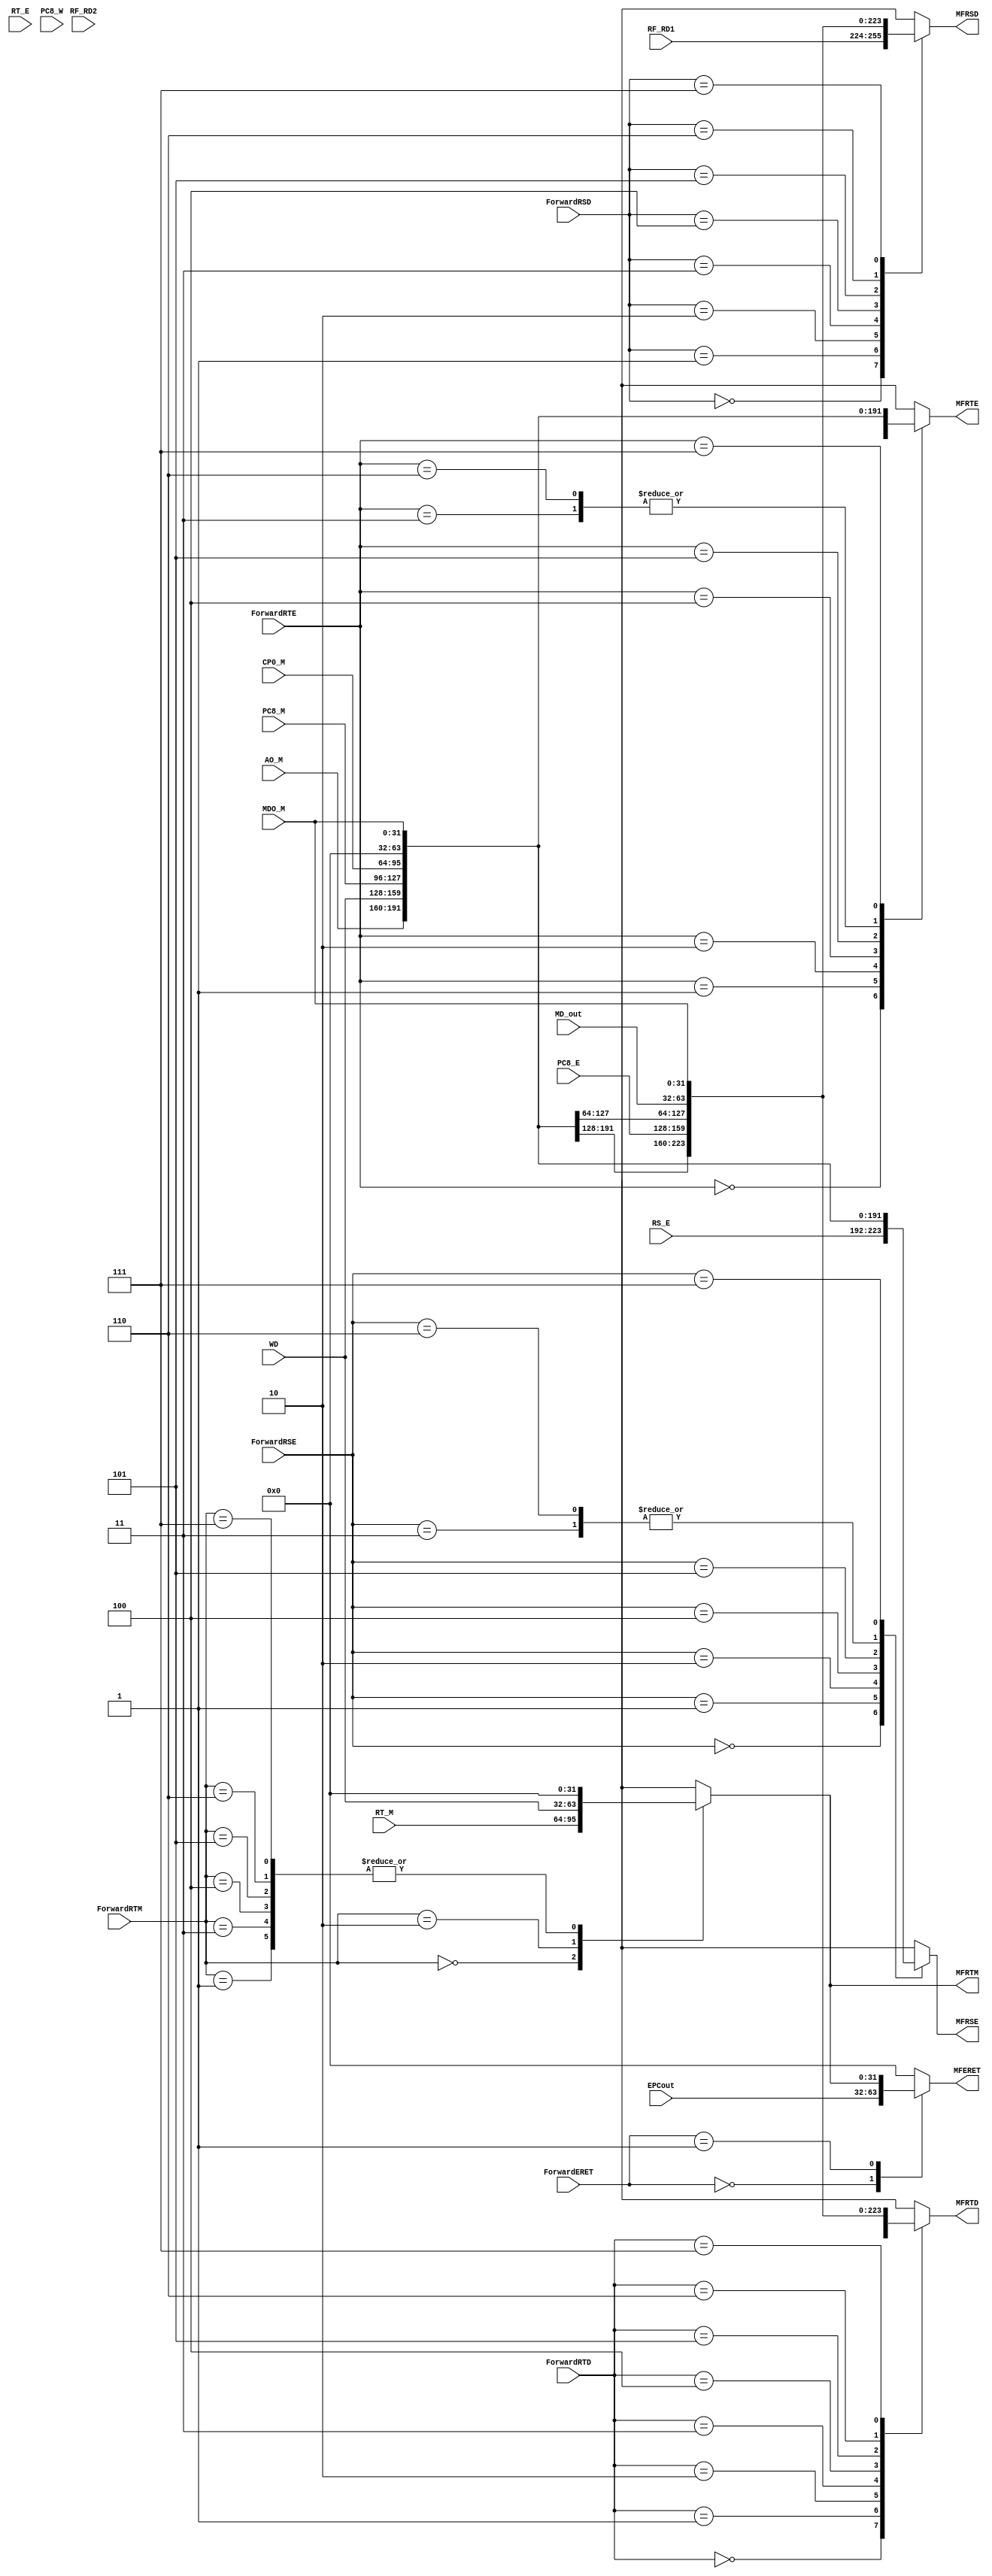
`timescale 1ns / 1ps
//////////////////////////////////////////////////////////////////////////////////
// Company: 
// Engineer: 
// 
// Design Name: 
// Module Name:    forward_mux 
// Project Name: 
// Target Devices: 
// Tool versions: 
// Description: 
//
// Dependencies: 
//
// Revision: 
// Revision 0.01 - File Created
// Additional Comments: 
//
//////////////////////////////////////////////////////////////////////////////////
module forward_mux(
	 input [31:0] RS_E,
	 input [31:0] RT_E,
	 input [31:0] RT_M,
    input [31:0] WD,
    input [31:0] AO_M,
	 input [31:0] MDO_M,
	 input [31:0] CP0_M,
	 input [31:0] MD_out,
	 input [31:0] PC8_E,
	 input [31:0] PC8_M,
    input [31:0] PC8_W,
	 input [31:0] RF_RD1,
	 input [31:0] RF_RD2,
	 input [31:0] EPCout,
	 input [2:0] ForwardRSD,	
	 input [2:0] ForwardRTD,	
	 input [2:0] ForwardRSE,	
	 input [2:0] ForwardRTE,	
	 input [2:0] ForwardRTM,
	 input [2:0] ForwardERET,
	 output reg[31:0] MFRSD,
	 output reg[31:0] MFRTD,
    output reg[31:0] MFRSE,
    output reg[31:0] MFRTE,
    output reg[31:0] MFRTM,
	 output reg[31:0] MFERET
    );

	always@(*) begin
		case(ForwardRSD) 
			3'b000 : MFRSD <= RF_RD1;
			3'b001 : MFRSD <= AO_M;
			3'b010 : MFRSD <= WD;
			3'b011 : MFRSD <= PC8_E;
			3'b100 : MFRSD <= PC8_M;
			3'b101 : MFRSD <= CP0_M;
			3'b110 : MFRSD <= MD_out;
			3'b111 : MFRSD <= MDO_M;
			default : MFRSD <= 0;
		endcase
		
		case(ForwardRTD) 
			0: MFRTD <= RF_RD2;
			1: MFRTD <= AO_M;
			2: MFRTD <= WD;
			3: MFRTD <= PC8_E;
			4: MFRTD <= PC8_M;
			5: MFRTD <= CP0_M;
			6: MFRTD <= MD_out;
			7: MFRTD <= MDO_M;
			default: MFRTD <= 0;
		endcase
		
		case(ForwardRSE) 
			0:MFRSE <= RS_E;
			1:MFRSE <= AO_M;
			2:MFRSE <= WD;
			3:MFRSE <= 0;
			4:MFRSE <= PC8_M;
			5:MFRSE <= CP0_M;
			6:MFRSE <= 0;
			7:MFRSE <= MDO_M;
			default:MFRSE <= 0;
		endcase
		
		case(ForwardRTE) 
			0:MFRTE <= RT_E;
			1:MFRTE <= AO_M;
			2:MFRTE <= WD;
			3:MFRTE <= 0;
			4:MFRTE <= PC8_M;
			5:MFRTE <= CP0_M;
			6:MFRTE <= 0;
			7:MFRTE <= MDO_M;
			default:MFRTE <= 0;
		endcase
		
		case(ForwardRTM) 
			0:MFRTM <= RT_M;
			1:MFRTM <= 0;
			2:MFRTM <= WD;
			3:MFRTM <= 0;
			4:MFRTM <= 0;
			5:MFRTM <= 0;
			6:MFRTM <= 0;
			7:MFRTM <= 0;
			default:MFRTM <= 0;
		endcase
		
		case(ForwardERET) 
			0:MFERET <= EPCout;
			1:MFERET <= MFRTM;
			default:MFERET <= 0;
		endcase
	end
endmodule